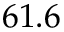
6 1 . 6